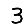
Digit: 3